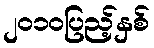
၂၀၁၀ပြည့်နှစ်